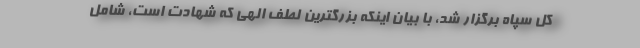
کل سپاه برگزار شد، با بیان اینکه بزرگترین لطف الهی که شهادت است، شامل